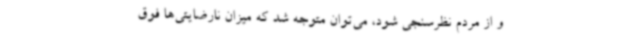
و از مردم نظرسنجی شود، می‌توان متوجه شد که میزان نارضایتی‌ها فوق‌